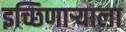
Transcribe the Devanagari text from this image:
इच्छिणाऱ्याला